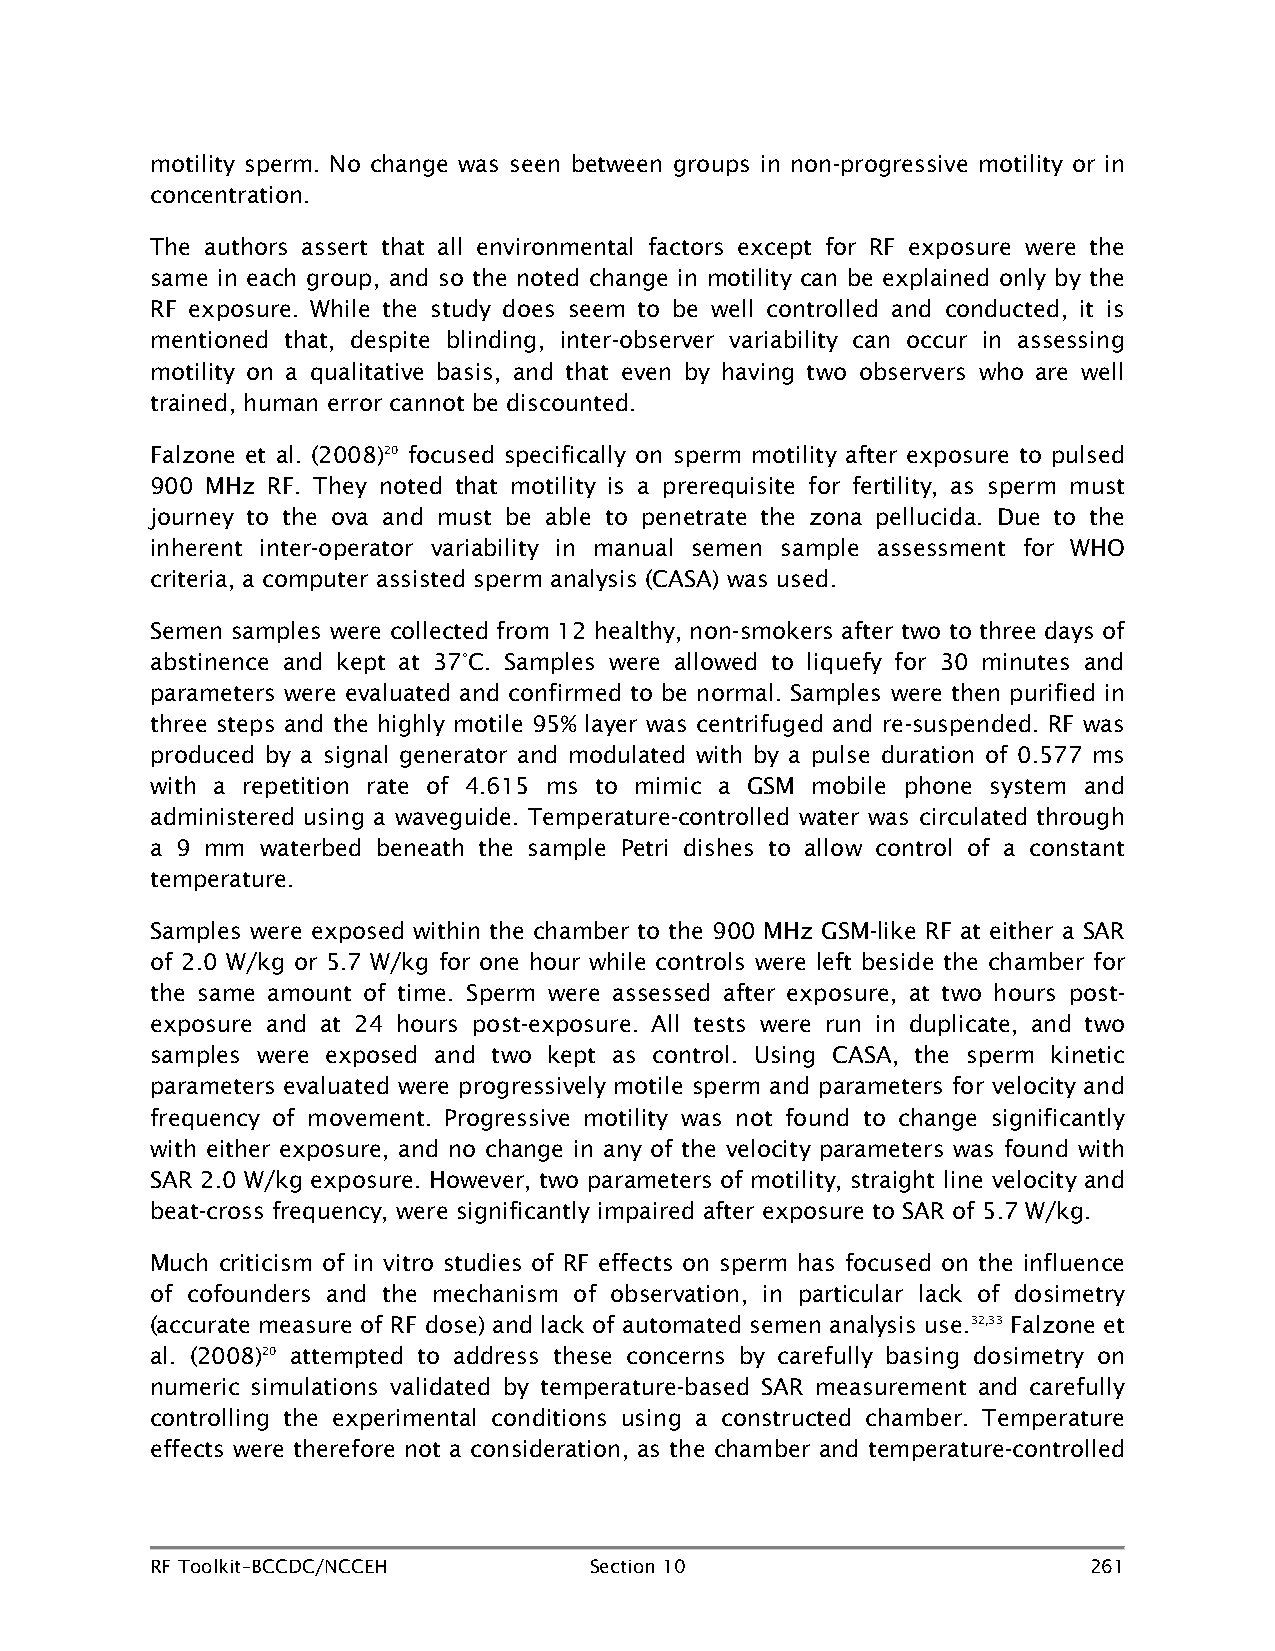
motility sperm. No change was seen between groups in non-progressive motility or in
 concentration.
 The authors assert that all environmental factors except for RF exposure were the
 same in each group, and so the noted change in motility can be explained only by the
 RF exposure. While the study does seem to be well controlled and conducted, it is
 mentioned that, despite blinding, inter-observer variability can occur in assessing
 motility on a qualitative basis, and that even by having two observers who are well
 trained, human error cannot be discounted.
 Falzone et al. (2008)20 focused specifically on sperm motility after exposure to pulsed
 900 MHz RF. They noted that motility is a prerequisite for fertility, as sperm must
 journey to the ova and must be able to penetrate the zona pellucida. Due to the
 inherent inter-operator variability in manual semen sample assessment for WHO
 criteria, a computer assisted sperm analysis (CASA) was used.
 Semen samples were collected from 12 healthy, non-smokers after two to three days of
 abstinence and kept at 37°C. Samples were allowed to liquefy for 30 minutes and
 parameters were evaluated and confirmed to be normal. Samples were then purified in
 three steps and the highly motile 95% layer was centrifuged and re-suspended. RF was
 produced by a signal generator and modulated with by a pulse duration of 0.577 ms
 with a repetition rate of 4.615 ms to mimic a GSM mobile phone system and
 administered using a waveguide. Temperature-controlled water was circulated through
 a 9 mm waterbed beneath the sample Petri dishes to allow control of a constant
 temperature.
 Samples were exposed within the chamber to the 900 MHz GSM-like RF at either a SAR
 of 2.0 W/kg or 5.7 W/kg for one hour while controls were left beside the chamber for
 the same amount of time. Sperm were assessed after exposure, at two hours post-
 exposure and at 24 hours post-exposure. All tests were run in duplicate, and two
 samples were exposed and two kept as control. Using CASA, the sperm kinetic
 parameters evaluated were progressively motile sperm and parameters for velocity and
 frequency of movement. Progressive motility was not found to change significantly
 with either exposure, and no change in any of the velocity parameters was found with
 SAR 2.0 W/kg exposure. However, two parameters of motility, straight line velocity and
 beat-cross frequency, were significantly impaired after exposure to SAR of 5.7 W/kg.
 Much criticism of in vitro studies of RF effects on sperm has focused on the influence
 of cofounders and the mechanism of observation, in particular lack of dosimetry
 (accurate measure of RF dose) and lack of automated semen analysis use.32,33 Falzone et
 al. (2008)20 attempted to address these concerns by carefully basing dosimetry on
 numeric simulations validated by temperature-based SAR measurement and carefully
 controlling the experimental conditions using a constructed chamber. Temperature
 effects were therefore not a consideration, as the chamber and temperature-controlled
 RF Toolkit–BCCDC/NCCEH       Section 10                       261